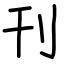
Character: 刊